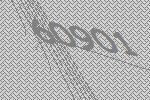
60901